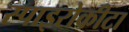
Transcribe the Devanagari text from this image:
स्पाइरोकीटा